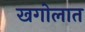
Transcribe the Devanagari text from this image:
खगोलात